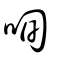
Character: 咰